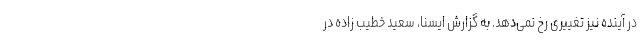
در آینده نیز تغییری رخ نمی‌دهد. به گزارش ایسنا، سعید خطیب زاده در